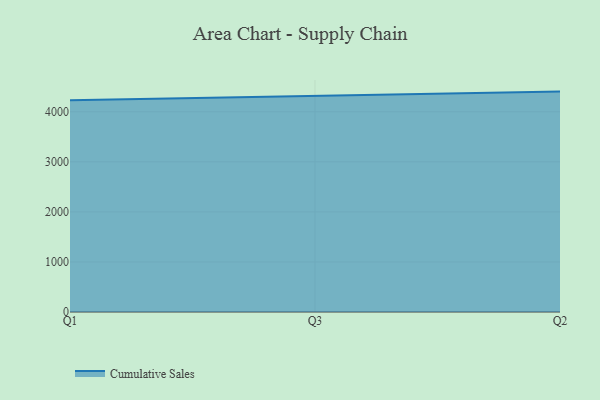
{"axis": {"x": "Quarter", "y": "Page Views"}, "legend": ["Cumulative Sales"], "data": [{"x": "Q1", "y": 4229.9, "type": "Cumulative Sales"}, {"x": "Q3", "y": 4313.9, "type": "Cumulative Sales"}, {"x": "Q2", "y": 4402.5, "type": "Cumulative Sales"}]}